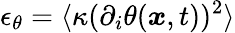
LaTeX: \epsilon_{\theta}=\langle\kappa(\partial_{i}\theta(\boldsymbol{x},t))^{2}\rangle